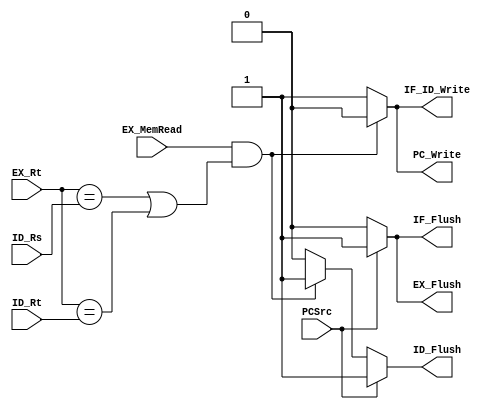
`timescale 1ns / 1ps
// 0516327
//Subject:     CO project 4 - Pipe Register
//--------------------------------------------------------------------------------
//Version:     1
//--------------------------------------------------------------------------------
//Writer:      
//----------------------------------------------
//Date:        
//----------------------------------------------
//Description: 
//--------------------------------------------------------------------------------
module HazardDetection(
	EX_MemRead,
	EX_Rt,
	ID_Rs,
	ID_Rt,
	PCSrc,
	PC_Write,
	IF_ID_Write,
	IF_Flush,
	ID_Flush,
	EX_Flush
    );
input			EX_MemRead;
input	[4:0]	EX_Rt;
input	[4:0]	ID_Rs;
input	[4:0]	ID_Rt;
input			PCSrc;
output			PC_Write;
output			IF_ID_Write;
output			IF_Flush;
output			ID_Flush;
output			EX_Flush;

reg				result_PC_Write = 1'b1;
reg				result_IF_ID_Write = 1'b1;
reg				result_IF_Flush = 1'b0;
reg				result_ID_Flush = 1'b0;
reg				result_EX_Flush = 1'b0;

always@(*)begin
	result_PC_Write = 1'b1;
	result_IF_ID_Write = 1'b1;
	result_IF_Flush = 1'b0;
	result_ID_Flush = 1'b0;
	result_EX_Flush = 1'b0;
	if((EX_MemRead) && ((EX_Rt == ID_Rs) || (EX_Rt == ID_Rt))) begin
		result_PC_Write = 1'b0;
		result_IF_ID_Write = 1'b0;
		result_ID_Flush = 1'b1;
	end else begin
		result_PC_Write = 1'b1;
		result_IF_ID_Write = 1'b1;
		result_ID_Flush = 1'b0;
	end
	if(PCSrc)begin
		result_IF_Flush = 1'b1;
		result_ID_Flush = 1'b1;
		result_EX_Flush = 1'b1;
	end
end

assign PC_Write = result_PC_Write;
assign IF_ID_Write = result_IF_ID_Write;
assign IF_Flush = result_IF_Flush;
assign ID_Flush = result_ID_Flush;
assign EX_Flush = result_EX_Flush;

endmodule